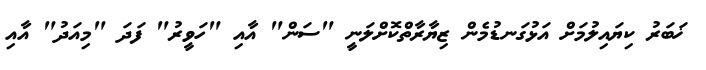
ޚަބަރު ކިޔައިލުމަށް އަޅުގަނޑުމެން ޒިޔާރާތްކޮށްލަނީ "ސަން" އާއި "ހަވީރު" ފަދަ "މިއަދު" އާއި